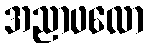
အညာဖလော